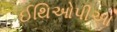
ઈથિઓપીઆ